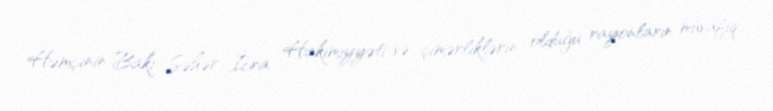
Həmçinin Bakı Şəhər İcra Hakimiyyəti və çimərliklərin olduğu rayonların müvafiq